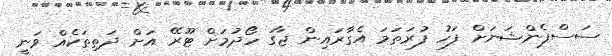
ސަސްޕެންޝަނަށް ފަހު ފުރަތަމަ އެގާރައިން ޖާގަ ހޯދުމަށް ޓޫރޭ އަށް ދަތިތަކެއް ވަނީ